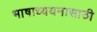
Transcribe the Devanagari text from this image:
भाषाध्ययनासाठी